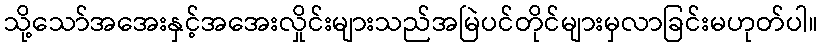
သို့သော်အအေးနှင့်အအေးလှိုင်းများသည်အမြဲပင်တိုင်များမှလာခြင်းမဟုတ်ပါ။